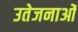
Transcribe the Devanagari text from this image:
उतेजनाओं